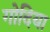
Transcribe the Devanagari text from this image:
गोदिया